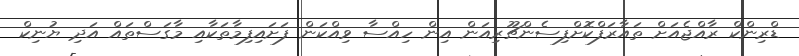
ޑްރިންކް ރާއްޖެއަށް ތައާރަފްކޮށްފިސެންޗޫރިއަން އިން ހިއްސާ ވިއްކަން ފަށައިފިމާތަކާއި މާގަސްތައް އަދި ޔުނިކް